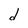
Character: d